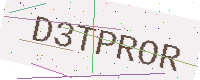
Text: D3TPROR